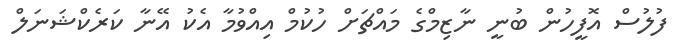
ފުލުސް އޮފީހުން ބުނީ ނާޒިމްގެ މައްޗަށް ހުކުމް އިއްވުމާ އެކު އޭނާ ކަރެކްޝަނަލް